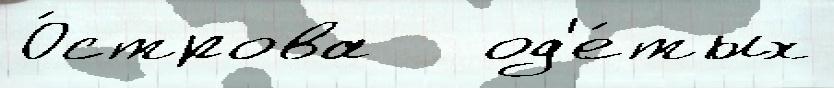
О́строва   од'е́тых